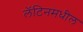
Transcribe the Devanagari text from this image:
लॅटिनमधील